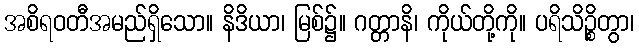
အစိရဝတီအမည်ရှိသော။ နိဒိယာ၊ မြစ်၌။ ဂတ္တာနိ၊ ကိုယ်တို့ကို။ ပရိသိဉ္စိတွာ၊